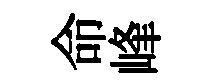
命峰